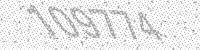
Solution: 109774